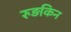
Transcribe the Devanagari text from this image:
रुड़किन